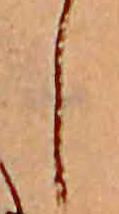
し